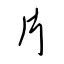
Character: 片